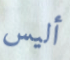
أليس